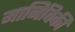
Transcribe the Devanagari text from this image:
मानिविकी